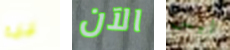
ليلية الآن ليس